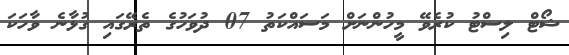
ޝޯޓް ލިސްޓު ކުރެވޭ މީހުންނަށް މަސައްކަތު 07 ދުވަހުގެ ތެރޭގައި ގުޅާނެ ވާހަކަ